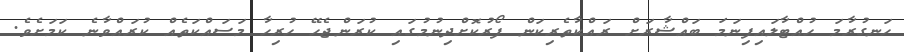
ހަނގުރާމަ ހުއްޓާލައިފިނަމަ ބައްޝާރަށް ރައްކާތެރިކަން ފޯރުކޮށްދިނުމުގައި ކުރަންޖެހޭ ހުރިހާ މަސައްކަތެއް ކުރައްވާނެ ކަމަށެވެ.